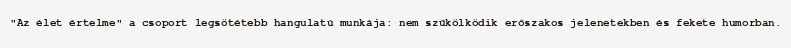
"Az élet értelme" a csoport legsötétebb hangulatú munkája: nem szűkölködik erőszakos jelenetekben és fekete humorban.